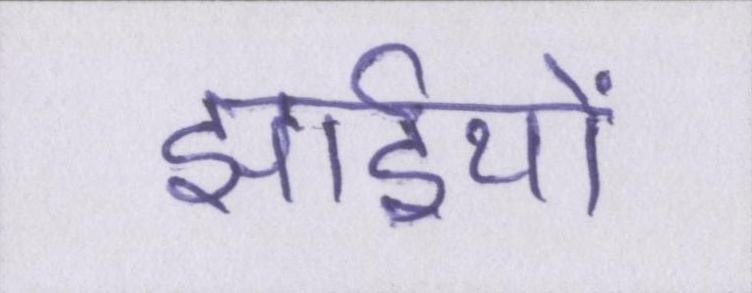
झाईयों